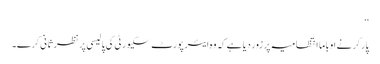
‘‘
پارکر نے اوباما انتظامیہ پر زور دیا ہے کہ وہ ایئر پورٹ سکیورٹی کی پالیسی پر نظر ثانی کرے۔